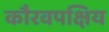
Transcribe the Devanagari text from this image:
कौरवपक्षिय